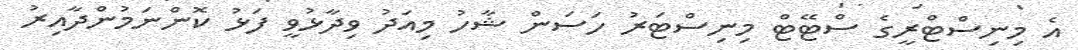
އެ މިނިސްޓްރީގެ ސްޓޭޓް މިނިސްޓަރު ހަސަން ޝާހު މިއަދު ވިދާޅުވީ ފަޅު ކޮންނަމުންދާއިރު